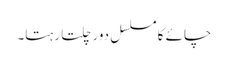
چائے کا مسلسل دور چلتا رہتا۔